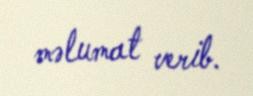
məlumat verib.